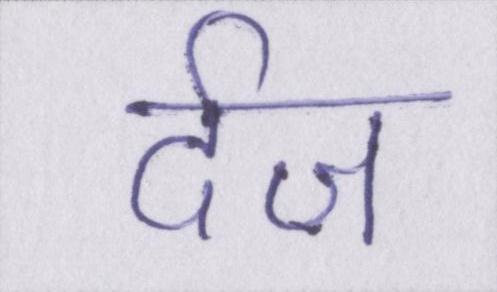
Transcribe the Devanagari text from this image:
र्दज